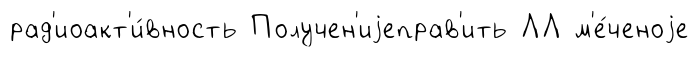
рад'иоакт'и́вность Получен'иjеправ'ить ЛЛ м'е́ченоjе